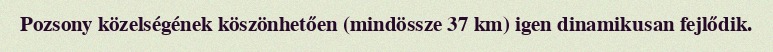
Pozsony közelségének köszönhetően (mindössze 37 km) igen dinamikusan fejlődik.